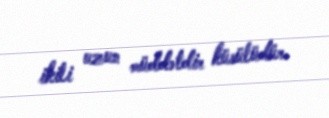
ikili uzun müddətdir küsülüdür.